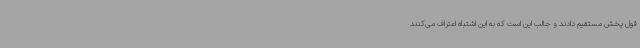
قول پخش مستقیم دادند و جالب این است که به این اشتباه اعتراف می‌کنند